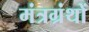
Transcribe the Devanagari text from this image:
मंत्रग्रंथों